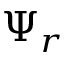
\Psi _ { r }